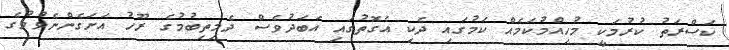
ކަސްރަތު ކުރުމަކީ މުހިއްމުކަމެއް ކަމުގައި ދެކި އެގޮތުގައި އަބަދުވެސް ދެމިތިބުމުގެ ރޫހު އަށަގެންނެވުމުގެ